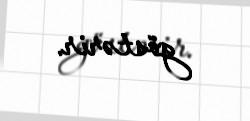
göstərir.